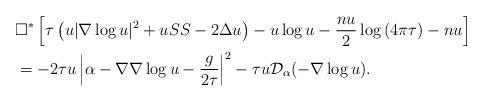
LaTeX: \begin{align*}&\Box^{\ast}\left[\tau \left(u|\nabla\log u|^2+u\SS-2\Delta u\right)-u\log u-\frac {nu} 2\log\left(4\pi\tau\right)-nu\right]\\&=-2\tau u\left|\alpha-\nabla\nabla\log u-\frac g{2\tau}\right|^2-\tau u\mathcal D_\alpha(-\nabla\log u).\end{align*}